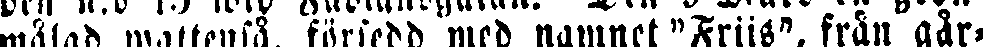
målad wattenså. försedd med namnet "Friis", från går-